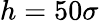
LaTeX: h=50\sigma